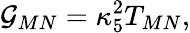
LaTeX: {\cal G}_{MN}=\kappa_{5}^{2}T_{MN},